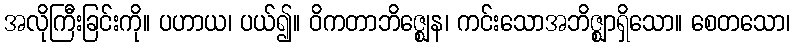
အလိုကြီးခြင်းကို။ ပဟာယ၊ ပယ်၍။ ဝိကတာဘိဇ္ဈေန၊ ကင်းသောအဘိဇ္ဈာရှိသော။ စေတသော၊